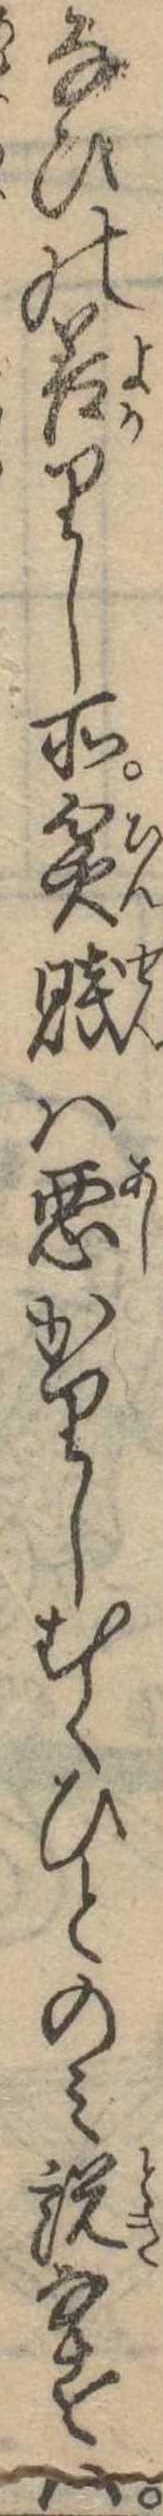
なひの善りし所貧賎は悪かりしむくひとのみ説なすは